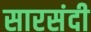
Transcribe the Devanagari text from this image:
सारसंदी